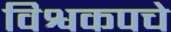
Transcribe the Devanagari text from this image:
विश्वकपचे